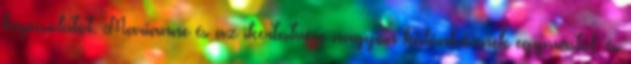
kapcsolatot. Marianne és az ikertestvére nagyon különböznek egymástól, és